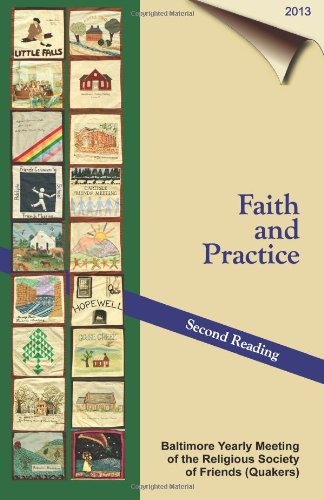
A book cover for Faith & Practice - 2013: Second Reading; Baltimore Yearly Meeting; Christian Books & Bibles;